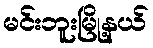
မင်းဘူးမြို့နယ်